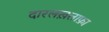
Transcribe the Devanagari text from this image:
दारलख़लाफ़ा